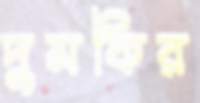
দুমকির